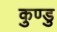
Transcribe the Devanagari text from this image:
कुण्डु